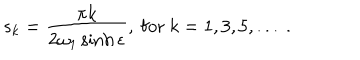
s _ { k } = \frac { \pi k } { 2 \omega _ { 1 } \sinh \epsilon } , ~ \mathrm { f o r } ~ k = 1 , 3 , 5 , . . . ~ .